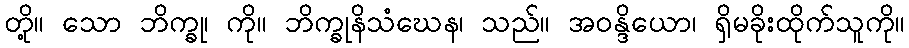
တို့။ သော ဘိက္ခု၊ ကို။ ဘိက္ခုနိသံဃေန၊ သည်။ အဝန္ဒိယော၊ ရှိမခိုးထိုက်သူကို။